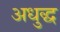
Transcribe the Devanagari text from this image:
अधुद्ध